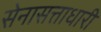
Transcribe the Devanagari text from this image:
सेनासत्ताधारी